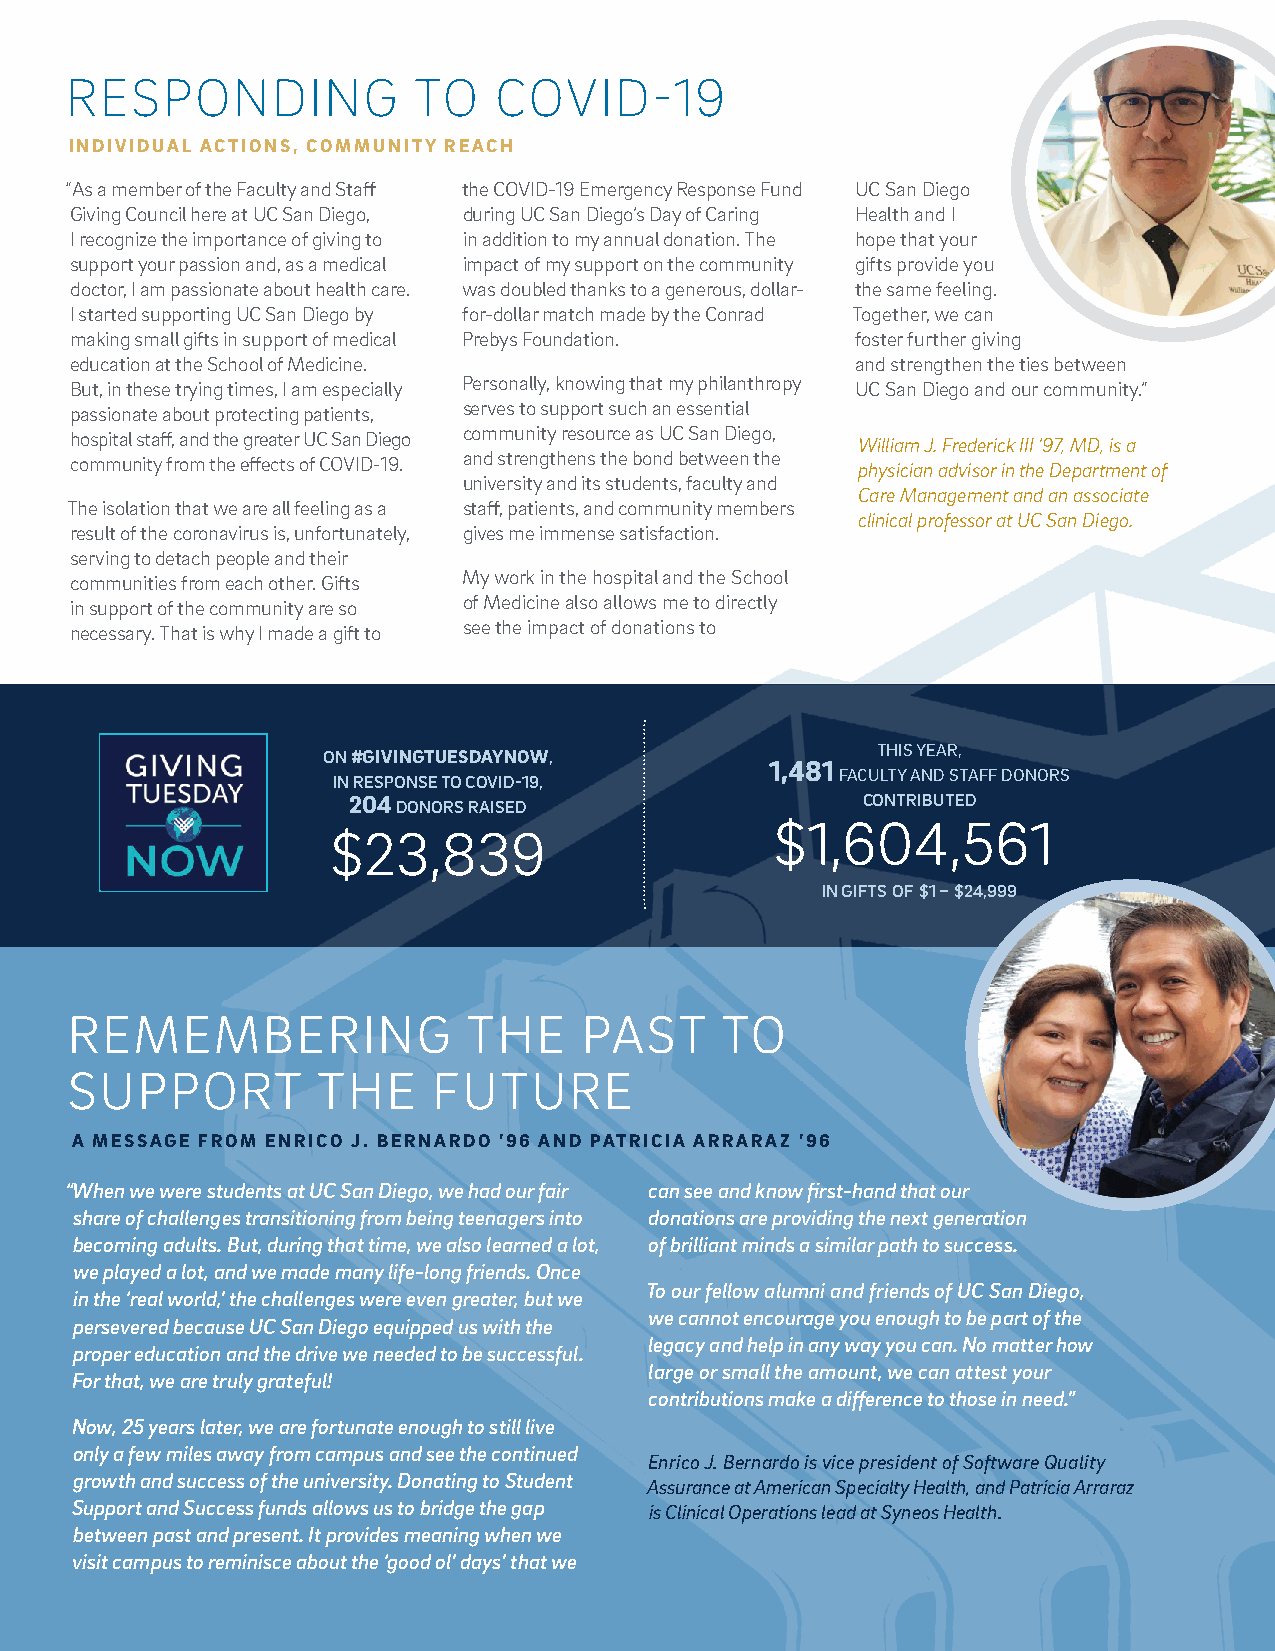
RESPONDING             TO    COVID-19
 INDIVIDUAL ACTIONS, COMMUNITY REACH
 “ As a member of the Faculty and Staff the COVID-19 Emergency Response Fund UC San Diego
 Giving Council here at UC San Diego, during UC San Diego’s Day of Caring Health and I
 I recognize the importance of giving to in addition to my annual donation. The hope that your
 support your passion and, as a medical impact of my support on the community gifts provide you
 doctor, I am passionate about health care. was doubled thanks to a generous, dollar- the same feeling.
 I started supporting UC San Diego by for-dollar match made by the Conrad Together, we can
 making small gifts in support of medical Prebys Foundation. foster further giving
 education at the School of Medicine.                and strengthen the ties between
 But, in these trying times, I am especially Personally, knowing that my philanthropy UC San Diego and our community.”
 passionate about protecting patients, serves to support such an essential
 hospital staff, and the greater UC San Diego community resource as UC San Diego, William J. Frederick III ’97, MD, is a
 community from the effects of COVID-19. and strengthens the bond between the physician advisor in the Department of
 university and its students, faculty and
 Care Management and an associate
 The isolation that we are all feeling as a staff, patients, and community members
 clinical professor at UC San Diego.
 result of the coronavirus is, unfortunately, gives me immense satisfaction.
 serving to detach people and their
 communities from each other. Gifts My work in the hospital and the School
 in support of the community are so of Medicine also allows me to directly
 necessary. That is why I made a gift to see the impact of donations to
 THIS YEAR,
 ON #GIVINGTUESDAYNOW,
 1,481
 FACULTY AND STAFF DONORS
 IN RESPONSE TO COVID-19,
 204 DONORS RAISED                 CONTRIBUTED
 $1,604,561
 $23,839
 IN GIFTS OF $1 – $24,999
 REMEMBERING                THE    PAST      TO
 SUPPORT          THE     FUTURE
 A MESSAGE FROM ENRICO J. BERNARDO ’96 AND PATRICIA ARRARAZ ’96
 “When we were students at UC San Diego, we had our fair can see and know first-hand that our
 share of challenges transitioning from being teenagers into donations are providing the next generation
 becoming adults. But, during that time, we also learned a lot, of brilliant minds a similar path to success.
 we played a lot, and we made many life-long friends. Once
 To our fellow alumni and friends of UC San Diego,
 in the ‘real world,’ the challenges were even greater, but we
 we cannot encourage you enough to be part of the
 persevered because UC San Diego equipped us with the
 legacy and help in any way you can. No matter how
 proper education and the drive we needed to be successful.
 large or small the amount, we can attest your
 For that, we are truly grateful!
 contributions make a difference to those in need.”
 Now, 25 years later, we are fortunate enough to still live
 only a few miles away from campus and see the continued
 Enrico J. Bernardo is vice president of Software Quality
 growth and success of the university. Donating to Student
 Assurance at American Specialty Health, and Patricia Arraraz
 Support and Success funds allows us to bridge the gap is Clinical Operations lead at Syneos Health.
 between past and present. It provides meaning when we
 visit campus to reminisce about the ‘good ol’ days’ that we